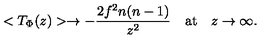
< T _ { \Phi } ( z ) > \rightarrow - \frac { 2 f ^ { 2 } n ( n - 1 ) } { z ^ { 2 } } \quad \mathrm { a t } \quad z \rightarrow \infty .